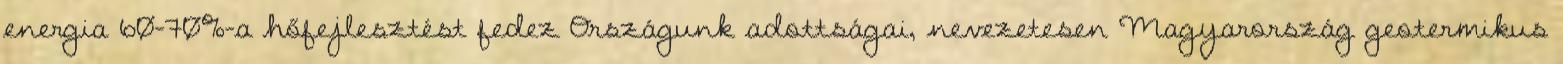
energia 60–70%-a hőfejlesztést fedez Országunk adottságai, nevezetesen Magyarország geotermikus